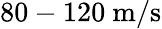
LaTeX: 80-120~\mathrm{m/s}